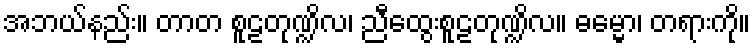
အဘယ်နည်း။ တာတ စူဠတုဏ္ဍိလ၊ ညီထွေးစူဠတုဏ္ဍိလ။ ဓမ္မော၊ တရားကို။